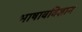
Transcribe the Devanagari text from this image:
भाषावविज्ञान